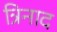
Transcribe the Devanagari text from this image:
त्रिनाद